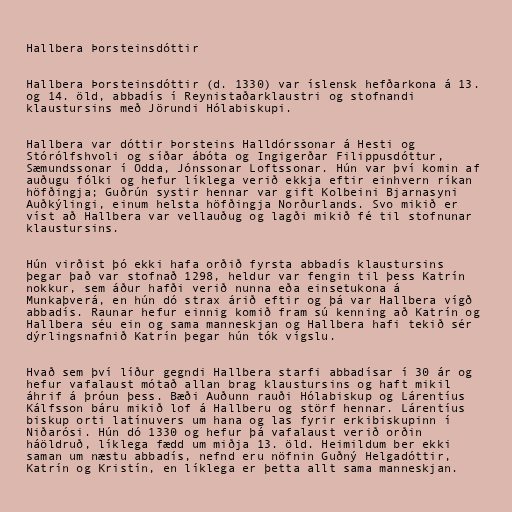
Hallbera Þorsteinsdóttir

Hallbera Þorsteinsdóttir (d. 1330) var íslensk hefðarkona á 13.
og 14. öld, abbadís í Reynistaðarklaustri og stofnandi
klaustursins með Jörundi Hólabiskupi.

Hallbera var dóttir Þorsteins Halldórssonar á Hesti og
Stórólfshvoli og síðar ábóta og Ingigerðar Filippusdóttur,
Sæmundssonar í Odda, Jónssonar Loftssonar. Hún var því komin af
auðugu fólki og hefur líklega verið ekkja eftir einhvern ríkan
höfðingja; Guðrún systir hennar var gift Kolbeini Bjarnasyni
Auðkýlingi, einum helsta höfðingja Norðurlands. Svo mikið er
víst að Hallbera var vellauðug og lagði mikið fé til stofnunar
klaustursins.

Hún virðist þó ekki hafa orðið fyrsta abbadís klaustursins
þegar það var stofnað 1298, heldur var fengin til þess Katrín
nokkur, sem áður hafði verið nunna eða einsetukona á
Munkaþverá, en hún dó strax árið eftir og þá var Hallbera vígð
abbadís. Raunar hefur einnig komið fram sú kenning að Katrín og
Hallbera séu ein og sama manneskjan og Hallbera hafi tekið sér
dýrlingsnafnið Katrín þegar hún tók vígslu.

Hvað sem því líður gegndi Hallbera starfi abbadísar í 30 ár og
hefur vafalaust mótað allan brag klaustursins og haft mikil
áhrif á þróun þess. Bæði Auðunn rauði Hólabiskup og Lárentíus
Kálfsson báru mikið lof á Hallberu og störf hennar. Lárentíus
biskup orti latínuvers um hana og las fyrir erkibiskupinn í
Niðarósi. Hún dó 1330 og hefur þá vafalaust verið orðin
háöldruð, líklega fædd um miðja 13. öld. Heimildum ber ekki
saman um næstu abbadís, nefnd eru nöfnin Guðný Helgadóttir,
Katrín og Kristín, en líklega er þetta allt sama manneskjan.